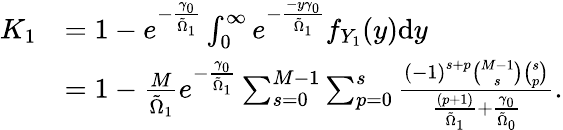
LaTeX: \begin{array}{rl}{K_{1}}&{=1-e^{-\frac{\gamma_{0}}{\tilde{\Omega}_{1}}}\int_{0}^{\infty}e^{-\frac{-y\gamma_{0}}{\tilde{\Omega}_{1}}}f_{Y_{1}}(y)\mathrm{d}y}\\ &{=1-\frac{M}{\tilde{\Omega}_{1}}e^{-\frac{\gamma_{0}}{\tilde{\Omega}_{1}}}\sum_{s=0}^{M-1}\sum_{p=0}^{s}\frac{\left(-1\right)^{s+p}\binom{M-1}{s}\binom{s}{p}}{\frac{(p+1)}{\tilde{\Omega}_{1}}+\frac{{\gamma}_{0}}{\tilde{\Omega}_{0}}}.}\end{array}